Report of the Indian Hemp Drugs Commission, 1894-1895 - Volume VI
Year: 1894
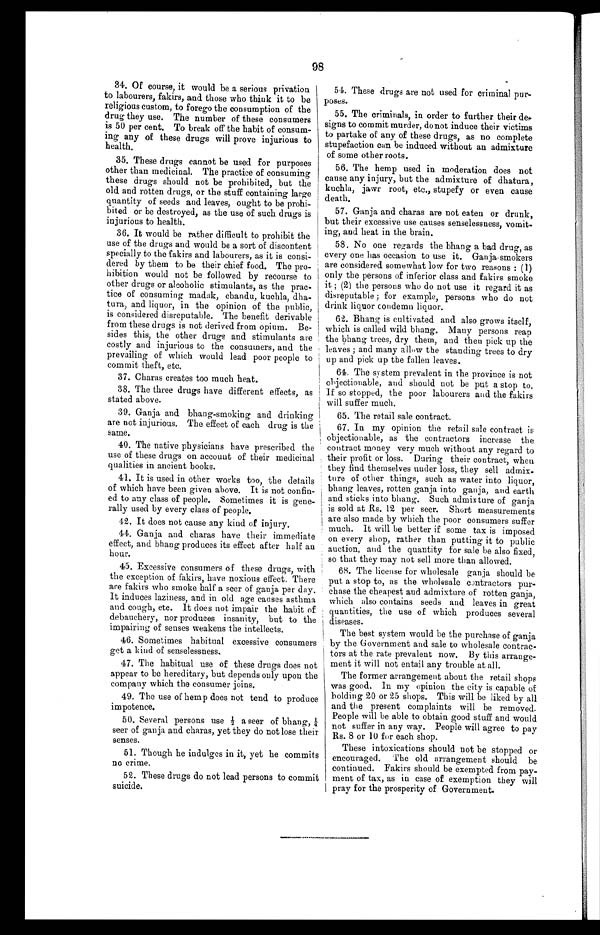
98
34. Of course, it would be a serious privation
to labourers, fakirs, and those who think it to be
religious custom, to forego the consumption of the
drug they use. The number of these consumers
is 50 per cent. To break off the habit of consum
- i n g a n y o f t h e s e d r u g s w i l l p r o v e i n j u r i o u s t o
health.
35. These drugs cannot be used for purposes
other than medicinal. The practice of
c o n s u m i n g t h e s e d r u g s s h o u l d n o t b e p r o h i b i t e d , b u t t h e
old and rotten drugs, or the stuff containing large
quantity of seeds and leaves, ought to be prohi
-bited or be destroyed, as the use of such drugs is
injurious to health.
36. It would be rather difficult to prohibit the
use of the drugs and would be a sort of discontent
specially to the fakirs and labourers, as it is consi
-dered by them to be their chief food. The pro
- h i b i t i o n w o u l d n o t b e f o l l o w e d b y r e c o u r s e t o
other drugs or alcoholic stimulants, as the prac
-tice of consuming madak, chandu, kuchla, dha
-tura, and liquor, in the opinion of the public,
is considered disreputable. The benefit derivable
from these drugs is not derived from opium. Be
-sides this, the other drugs and stimulants are
costly and injurious to the consumers, and the
prevailing of which would lead poor people to
commit theft, etc.
37. Charas creates too much heat.
38. The three drugs have different effects, as
stated above.
39. Ganja and bhang-smoking and drinking
are not injurious. The effect of each drug is the
same.
40. The native physicians have prescribed the
use of these drugs on account of their medicinal
qualities in ancient books.
41. It is used in other works too, the details
of which have been given above. It is not confin
-ed to any class of people. Sometimes it is gene
- r a l l y u s e d b y e v e r y c l a s s o f p e o p l e .
42. It does not cause any kind of injury.
44. Ganja and charas have their immediate
effect, and bhang produces its effect after half an
hour.
45. Excessive consumers of these drugs, with
the exception of fakirs, have noxious effect. There
are fakirs who smoke half a seer of ganja per day.
It induces laziness, and in old age causes asthma
and cough, etc. It does not impair the habit of
debauchery, nor produces insanity, but to the
impairing of senses weakens the intellects.
46. Sometimes habitual excessive consumers
get a kind of senselessness.
47. The habitual use of these drugs does not
appear to be hereditary, but depends only upon the
company which the consumer joins.
49. The use of hemp does not tend to produce
impotence.
50. Several persons use ½ a seer of bhang, ¼
seer of ganja and charas, yet they do not lose their
senses.
51. Though he indulges in it, yet he commits
no crime.
52. These drugs do not lead persons to commit
suicide.
54. These drugs are not used for criminal pur
-poses.
55. The criminals, in order to further their de
- s i g n s t o c o m m i t m u r d e r , d o n o t i n d u c e t h e i r v i c t i m s
t o p a r t a k e o f a n y o f t h e s e d r u g s , a s n o c o m p l e t e
s t u p e f a c t i o n c a n b e i n d u c e d w i t h o u t a n a d m i x t u r e
of some other roots.
56. The hemp used in moderation does not
c a u s e a n y i n j u r y , b u t t h e a d m i x t u r e o f d h a t u r a ,
kuchla, jawr root, etc., stupefy or even cause
death.
57. Ganja and charas are not eaten or drunk,
but their excessive use causes senselessness, vomit
-ing and heat in the brain.
58. No one regards the bhang a bad drug, as
e v e r y o n e h a s o c c a s i o n t o u s e i t . G a n j a - s m o k e r s
are considered somewhat low for two reasons: (1)
only the persons of inferior class and fakirs smoke
it; (2) the persons who do not use it regard it as
disreputable; for example, persons who do not
drink liquor condemn liquor.
62. Bhang is cultivated and also grows itself,
which is called wild bhang. Many persons reap
the bhang trees, dry them, and then pick up the
leaves; and many allow the standing trees to dry
up and pick up the fallen leaves.
64. The system prevalent in the province is not
objectionable, and should not be put a stop to.
If so stopped, the poor labourers and the fakirs
will suffer much.
65. The retail sale contract.
67. In my opinion the retail sale contract is
objectionable, as the contractors increase the
contract money very much without any regard to
their profit or loss. During their contract, when
they find themselves under loss, they sell admix
-tune of other things, such as water into liquor,
bhang leaves, rotten ganja into ganja, and earth
and sticks into bhang. Such admixture of ganja
is sold at Rs. 12 per seer. Short measurements
are also made by which the poor consumers suffer
much. It will be better if some tax is imposed
on every shop, rather than putting it to public
auction, and the quantity for sale be also fixed,
so that they may not sell more than allowed.
68. The license for wholesale ganja should be
put a stop to, as the wholesale contractors pur
-chase the cheapest and admixture of rotten ganja,
which also contains seeds and leaves in great
quantities, the use of which produces several
diseases.
The best system would be the purchase of ganja
by the Government and sale to wholesale contrac
-tors at the rate prevalent now. By this arrange
-ment it will not entail any trouble at all.
The former arrangement about the retail shops
was good. In my opinion the city is capable of
holding 20 or 25 shops. This will be liked by all
and the present complaints will be removed.
People will be able to obtain good stuff and would
not suffer in any way. People will agree to pay
Rs. 8 or 10 for each shop.
These intoxications should not be stopped or
encouraged. The old arrangement should be
continued. Fakirs should be exempted from pay-
ment of tax, as in case of exemption they will
pray for the prosperity of Government.